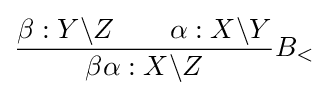
{\dfrac {\beta :Y\backslash Z\qquad \alpha :X\backslash Y}{\beta \alpha :X\backslash Z}}B_{<}